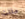
مللت